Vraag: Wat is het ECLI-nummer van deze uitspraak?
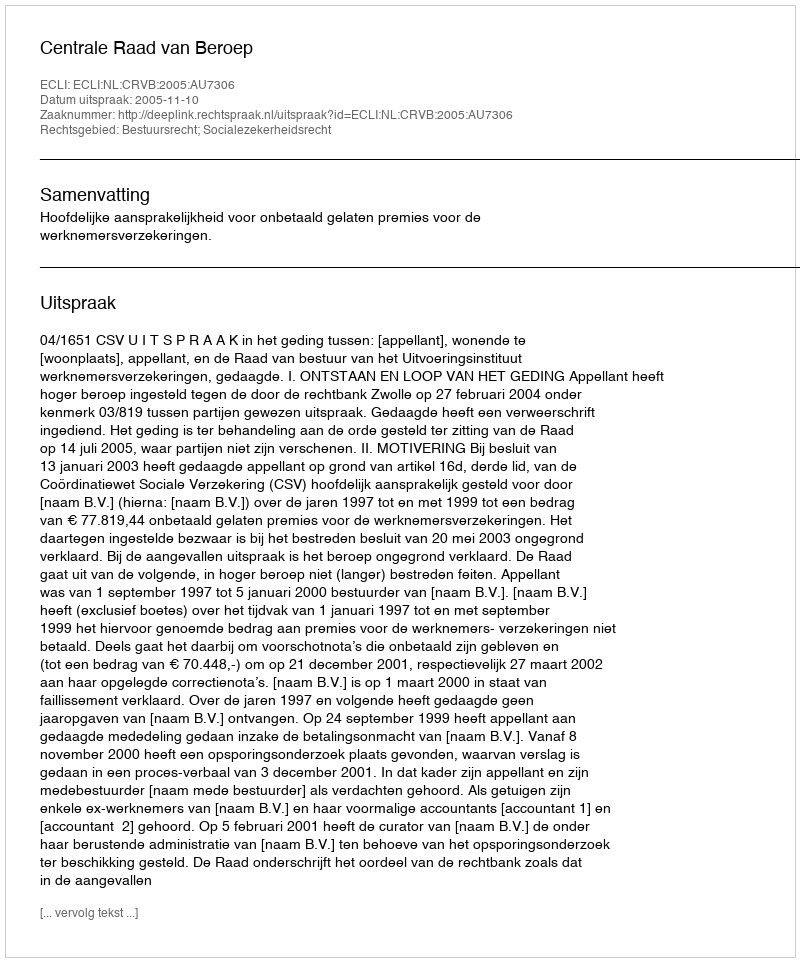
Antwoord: ECLI:NL:CRVB:2005:AU7306